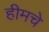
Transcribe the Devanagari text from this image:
हीमचे